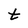
Character: t